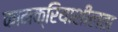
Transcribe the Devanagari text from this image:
कामक्रियाशीलता